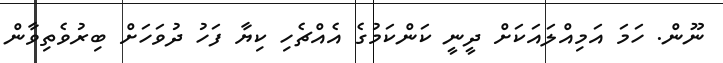
ނޫން. ހަމަ އަމިއްލައަކަށް ދީނީ ކަންކަމުގެ އެއްޗެހި ކިޔާ ފަހު ދުވަހަށް ބިރުވެތިވާން